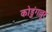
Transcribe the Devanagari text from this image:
कोडुंगल्लूर